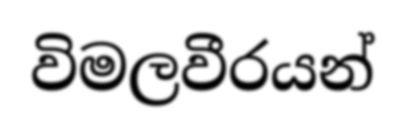
විමලවීරයන්